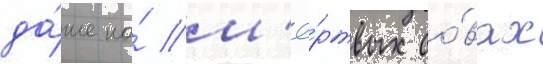
да́же на́ м'ё́ртвых со́вах